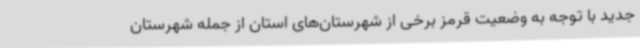
جدید با توجه به وضعیت قرمز برخی از شهرستان‌های استان از جمله شهرستان